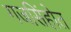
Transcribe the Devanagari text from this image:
गजसिंहोत